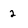
Character: 2